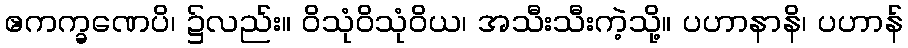
ဧကက္ခဏေပိ၊ ၌လည်း။ ဝိသုံဝိသုံဝိယ၊ အသီးသီးကဲ့သို့။ ပဟာနာနိ၊ ပဟာန်